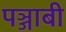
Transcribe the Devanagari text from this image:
पञ्जाबी